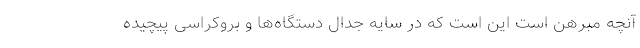
آنچه مبرهن است این است که در سایه جدال دستگاه‌ها و بروکراسی پیچیده